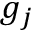
g _ { j }